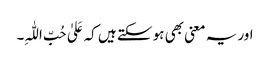
اور یہ معنی بھی ہو سکتے ہیں کہ عَلیٰ حُبِّ اللّٰہِ۔